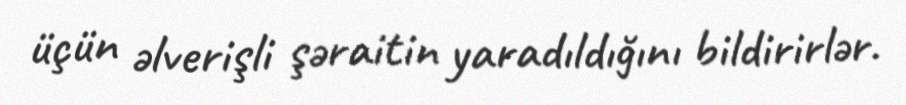
üçün əlverişli şəraitin yaradıldığını bildirirlər.